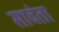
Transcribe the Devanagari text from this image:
सावंता